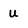
Character: u